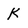
Character: K